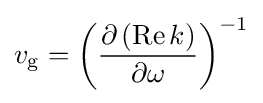
v_{\rm {g}}=\left({\frac {\partial \left(\operatorname {Re} k\right)}{\partial \omega }}\right)^{-1}